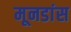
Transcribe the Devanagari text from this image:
मूनडांस